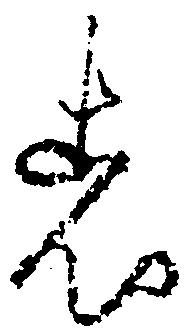
者